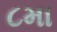
૮મા